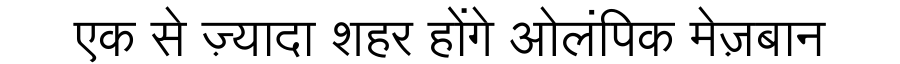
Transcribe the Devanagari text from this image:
एक से ज़्यादा शहर होंगे ओलंपिक मेज़बान